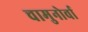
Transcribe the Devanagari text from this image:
चामुनोर्वा